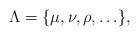
LaTeX: \begin{align*}\Lambda=\{\mu,\nu,\rho, \ldots \}, \end{align*}